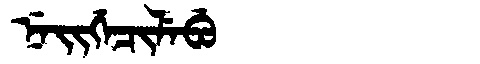
Manchu: ᠨᡝᡳᡤᡝᠴᡳᠯᡝᠪᡠ
Romanization: NEIGECILEBU